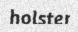
holster